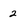
Character: 2